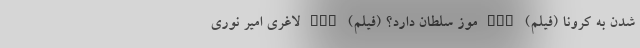
شدن به کرونا (فیلم) nan موز سلطان دارد؟ (فیلم) nan لاغری امیر نوری